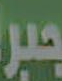
جبر